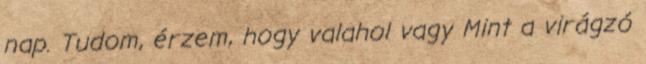
nap. Tudom, érzem, hogy valahol vagy Mint a virágzó